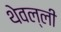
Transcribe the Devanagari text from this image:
थेवल्ली